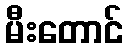
မီးတောင်